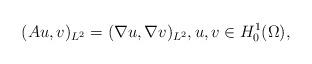
LaTeX: \begin{align*}(Au, v)_{L^2} = (\nabla u, \nabla v)_{L^2}, u,v \in H^1_0(\Omega),\end{align*}